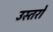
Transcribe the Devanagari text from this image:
उस्तरों